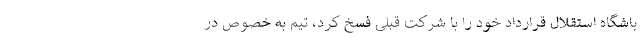
باشگاه استقلال قرارداد خود را با شرکت قبلی فسخ کرد، تیم به خصوص در